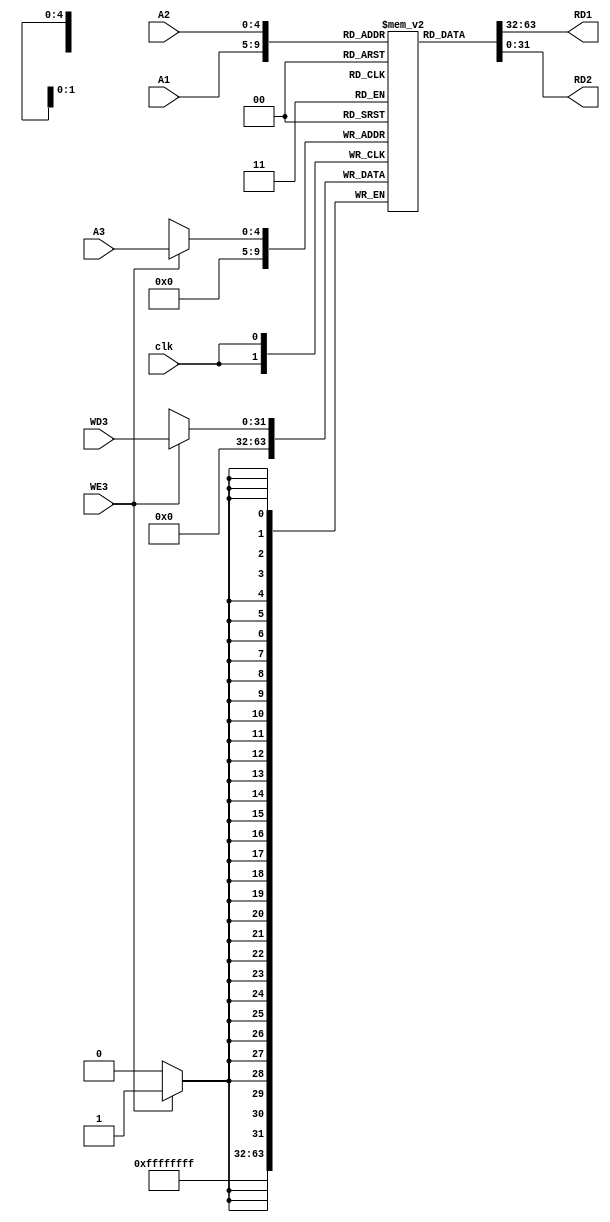
module regfile(
	input clk,
    input WE3,
    input [4:0] A1,
    input [4:0] A2,
    input [4:0] A3,
    input [31:0] WD3,
	output [31:0] RD1,
	output [31:0] RD2);
					
    reg [31:0] register [0:31];
   assign  RD1 = register[A1];
   assign  RD2 = register[A2];   
   always @(posedge clk) 
		begin
			if (WE3 == 1)	register[A3] <= WD3;
			register[0] <= 32'h00000000;
		end
endmodule